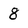
Character: 8